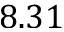
8 . 3 1